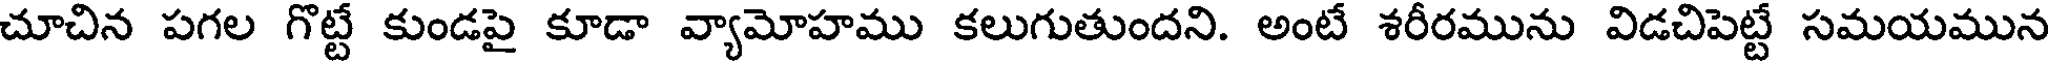
చూచిన పగల గొట్టే కుండపై కూడా వ్యామోహము కలుగుతుందని. అంటే శరీరమును విడచిపెట్టే సమయమున